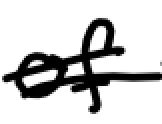
Text: of
Cross-out: double-line
Writing tool: digital_black